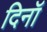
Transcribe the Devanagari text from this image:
दिनॉ